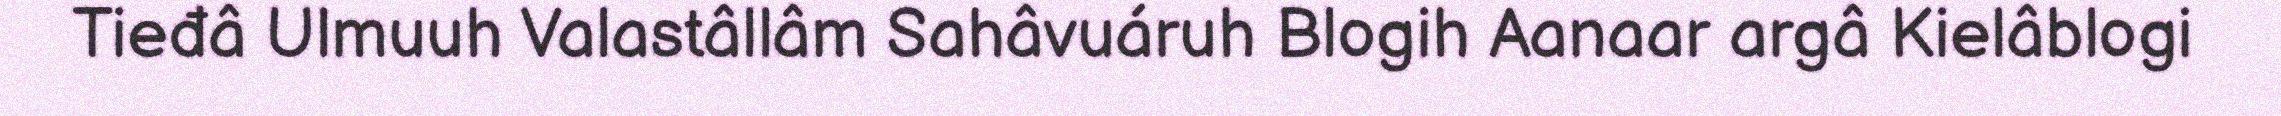
Tieđâ Ulmuuh Valastâllâm Sahâvuáruh Blogih Aanaar argâ Kielâblogi